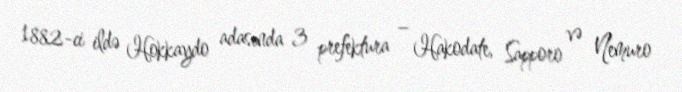
1882-ci ildə Hokkaydo adasında 3 prefektura – Hakodate, Sapporo və Nemuro